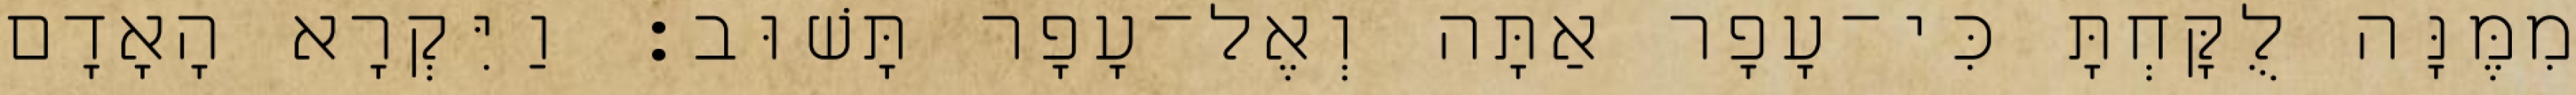
מִמֶּנָּה לֻקָּחְתָּ כִּי־עָפָר אַתָּה וְאֶל־עָפָר תָּשׁוּב׃ וַיִּקְרָא הָאָדָם